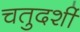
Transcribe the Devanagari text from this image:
चतुदर्शी